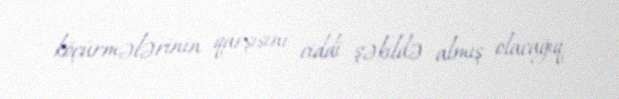
köçürmələrinin qarşısını ciddi şəkildə almış olacağıq.